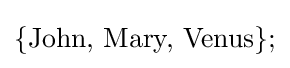
\{{\text{John, Mary, Venus}}\};